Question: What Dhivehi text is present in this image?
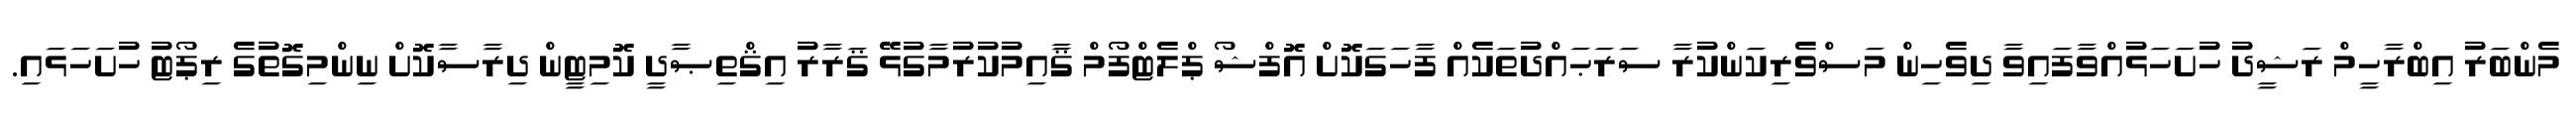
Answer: މެންބަރު އިބްރާހީމް ރަޝީދު ހުށަހަޅުއްވާފައިވާ ދިވެހިން މަސްވެރިކަންކުރާ ސަރަޙައްދުތަކެއް ފާހަގަކޮށް އޮފްޝޯ ޕްލެޓްފޯމް ޤާއިމުކުރުމާގުޅޭ ޤަރާރު އިޤްތިޞާދީ ކޮމިޓީން ދިރާސާކޮށް ނިންމިގޮތުގެ ރިޕޯޓު ހުށަހަޅައި.